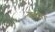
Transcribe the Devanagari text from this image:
द्‍वारा